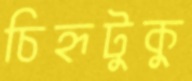
চিহ্নটুকু